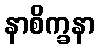
နာစိက္ခနာ